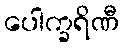
ပေါက္ခရိဏီ